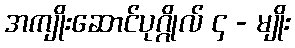
အကျိုးဆောင်ပုဂ္ဂိုလ် ၄ - မျိုး